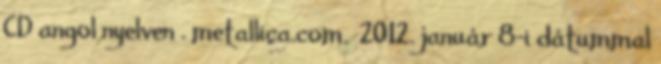
CD angol nyelven . metallica.com. 2012. január 8-i dátummal